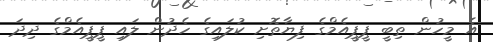
އެ މީހުން ތިބީ ޕީޕީއެމްގެ ފިޔާތޮށި ކުލައިގެ ހެދުން ލައި ޕީޕީއެމްގެ ދިދަ